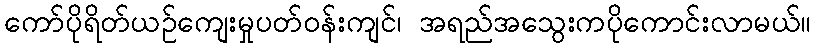
ကော်ပိုရိတ်ယဉ်ကျေးမှုပတ်ဝန်းကျင်၊ အရည်အသွေးကပိုကောင်းလာမယ်။